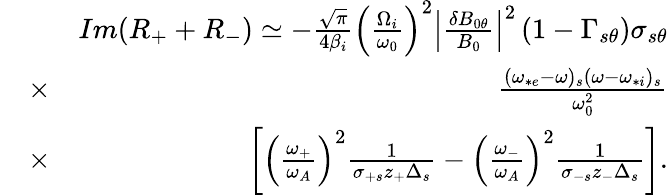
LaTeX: \begin{array}{rlr}&{}&{Im(R_{+}+R_{-})\simeq-\frac{\sqrt{\pi}}{4\beta_{i}}\left(\frac{\Omega_{i}}{\omega_{0}}\right)^{2}\left|\frac{\delta B_{0\theta}}{B_{0}}\right|^{2}\left(1-\Gamma_{s\theta}\right)\sigma_{s\theta}}\\ &{\times}&{\frac{(\omega_{*e}-\omega)_{s}(\omega-\omega_{*i})_{s}}{\omega_{0}^{2}}}\\ &{\times}&{\left[\left(\frac{\omega_{+}}{\omega_{A}}\right)^{2}\frac{1}{\sigma_{+s}z_{+}\Delta_{s}}-\left(\frac{\omega_{-}}{\omega_{A}}\right)^{2}\frac{1}{\sigma_{-s}z_{-}\Delta_{s}}\right].}\end{array}